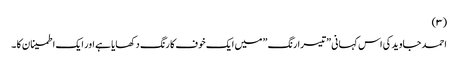
(۳)
احمد جاوید کی اس کہانی ”تیسرا رنگ ” میں ایک خوف کا رنگ دکھایا ہے اور ایک اطمینان کا ۔